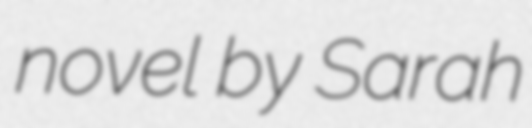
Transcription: novel by Sarah